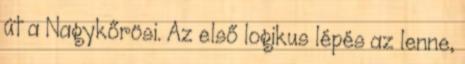
út a Nagykőrösi. Az első logikus lépés az lenne,